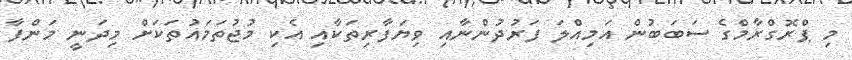
މި ޕްރޮގްރާމްގެ ސަބަބުން އަމިއްލަ ފަރުދުންނާއި ވިޔަފާރިތަކާއި އެކި މުޖުތަމައުތަކަށް މިދަނީ މަންފާ